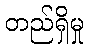
တည်ရှိမှု